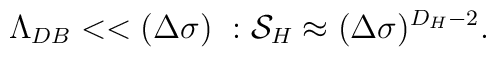
\Lambda_{DB}<< (\Delta\sigma)\ : 	{\cal S}_H\approx (\Delta\sigma)^{D_H-2}.